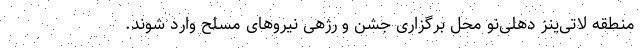
منطقه لاتی‌ینز دهلی‌نو محل برگزاری جشن و رژهی نیرو‌های مسلح وارد شوند.